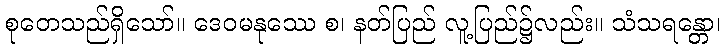
စုတေသည်ရှိသော်။ ဒေဝမနုဿေ စ၊ နတ်ပြည် လူ့ပြည်၌လည်း။ သံသရန္တော၊